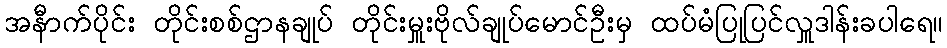
အနီာက်ပိုင်း တိုင်းစစ်ဌာနချုပ် တိုင်းမှူးဗိုလ်ချုပ်မောင်ဦးမှ ထပ်မံပြုပြင်လှူဒါန်းခပါရေ။